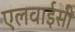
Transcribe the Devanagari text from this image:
एलवाईसी